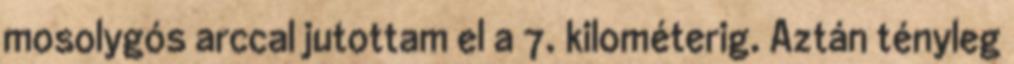
mosolygós arccal jutottam el a 7. kilométerig. Aztán tényleg